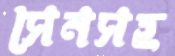
সেনসহ